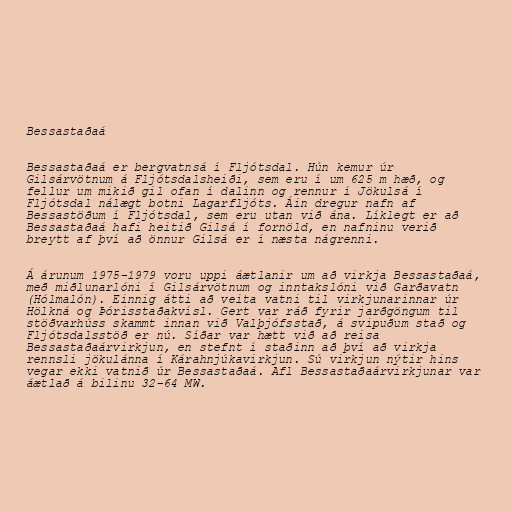
Bessastaðaá

Bessastaðaá er bergvatnsá í Fljótsdal. Hún kemur úr
Gilsárvötnum á Fljótsdalsheiði, sem eru í um 625 m hæð, og
fellur um mikið gil ofan í dalinn og rennur í Jökulsá í
Fljótsdal nálægt botni Lagarfljóts. Áin dregur nafn af
Bessastöðum í Fljótsdal, sem eru utan við ána. Líklegt er að
Bessastaðaá hafi heitið Gilsá í fornöld, en nafninu verið
breytt af því að önnur Gilsá er í næsta nágrenni.

Á árunum 1975–1979 voru uppi áætlanir um að virkja Bessastaðaá,
með miðlunarlóni í Gilsárvötnum og inntakslóni við Garðavatn
(Hólmalón). Einnig átti að veita vatni til virkjunarinnar úr
Hölkná og Þórisstaðakvísl. Gert var ráð fyrir jarðgöngum til
stöðvarhúss skammt innan við Valþjófsstað, á svipuðum stað og
Fljótsdalsstöð er nú. Síðar var hætt við að reisa
Bessastaðaárvirkjun, en stefnt í staðinn að því að virkja
rennsli jökulánna í Kárahnjúkavirkjun. Sú virkjun nýtir hins
vegar ekki vatnið úr Bessastaðaá. Afl Bessastaðaárvirkjunar var
áætlað á bilinu 32–64 MW.